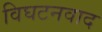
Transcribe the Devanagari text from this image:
विघटनवाद